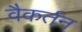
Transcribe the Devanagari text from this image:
वैकर्तन